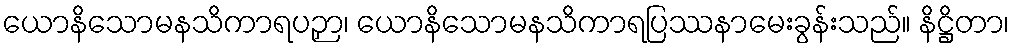
ယောနိသောမနသိကာရပဉှာ၊ ယောနိသောမနသိကာရပြဿနာမေးခွန်းသည်။ နိဋ္ဌိတာ၊